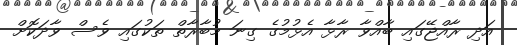
އަދި ރާއްޖޭގައި ބާއްވާ ރާޅާ އެޅުމުގެ ގިނަ މުބާރާތް ތަކުގައި ވެސް ވާދަކޮށް